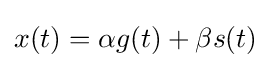
x(t)=\alpha g(t)+\beta s(t)